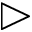
\vartriangleright